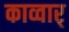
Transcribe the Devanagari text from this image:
काव्वार्